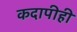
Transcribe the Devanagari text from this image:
कदापीही